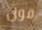
قول